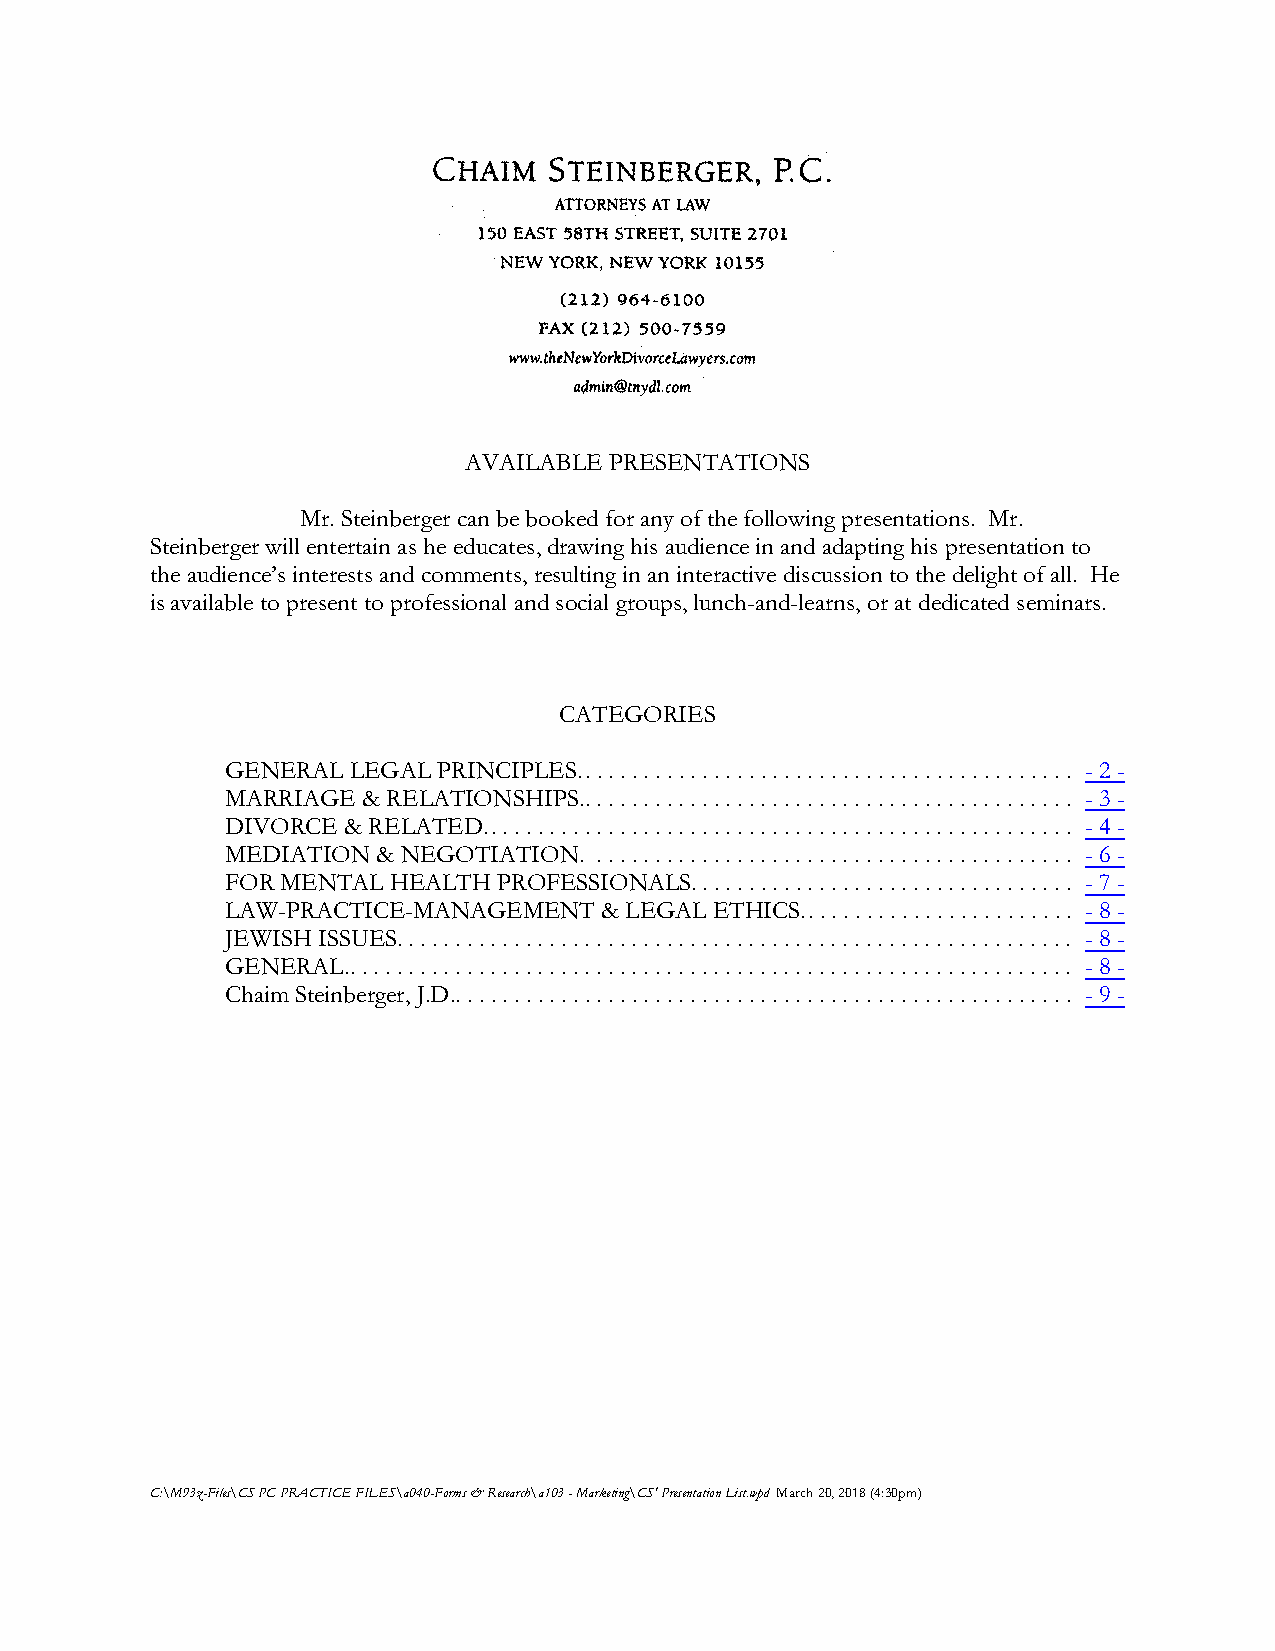
AVAILABLE PRESENTATIONS
 Mr. Steinberger can be booked for any of the following presentations. Mr.
 Steinberger will entertain as he educates, drawing his audience in and adapting his presentation to
 the audience’s interests and comments, resulting in an interactive discussion to the delight of all. He
 is available to present to professional and social groups, lunch-and-learns, or at dedicated seminars.
 CATEGORIES
 GENERAL LEGAL PRINCIPLES.. . . .. . . .. . . ... . . ... . . . . . . . . . . . . . . . . . . . . . . . - 2 -
 MARRIAGE & RELATIONSHIPS.. . . .. . . .. . . ... . . ... . . . . . . . . . . . . . . . . . . . . . . . - 3 -
 DIVORCE & RELATED.. . . . . . . . . . . .. . . .. . . ... . . ... . . . . . . . . . . . . . . . . . . . . . . . - 4 -
 MEDIATION & NEGOTIATION. . . .. . . .. . . ... . . ... . . . . . . . . . . . . . . . . . . . . . . . - 6 -
 FOR MENTAL HEALTH PROFESSIONALS.. ... . . ... . . . . . . . . . . . . . . . . . . . . . . . - 7 -
 LAW-PRACTICE-MANAGEMENT  & LEGAL ETHICS.. . . . . . . . . . . . . . . . . . . . . . . - 8 -
 JEWISH ISSUES... .. . .. . . . . . . . . . . . .. . . .. . . ... . . ... . . . . . . . . . . . . . . . . . . . . . . . - 8 -
 GENERAL.. . . .. .. .. . .. . . . . . . . . . . . .. . . .. . . ... . . ... . . . . . . . . . . . . . . . . . . . . . . . - 8 -
 Chaim Steinberger, J.D.. .. . . . . . . . . . . . .. . . .. . . ... . . ... . . . . . . . . . . . . . . . . . . . . . . . - 9 -
 C:\M93z-Files\CS PC PRACTICE FILES\a040-Forms & Research\a103 - Marketing\CS' Presentation List.wpd March 20, 2018 (4:30pm)